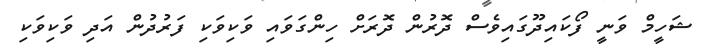
ޝަހީމް ވަނީ ފޯކައިދޫގައިވެސް ދޮރުން ދޮރަށް ހިންގަވައި ވަކިވަކި ފަރުދުން އަދި ވަކިވަކި